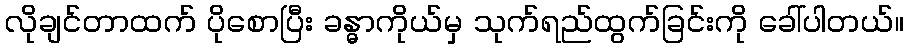
လိုချင်တာထက် ပိုစောပြီး ခန္ဓာကိုယ်မှ သုက်ရည်ထွက်ခြင်းကို ခေါ်ပါတယ်။